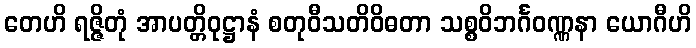
တေဟိ ရဇ္ဇိတုံ အာပတ္တိဝုဋ္ဌာနံ စတုဝီသတိဝိဓတာ သစ္စဝိဘင်္ဂဝဏ္ဏနာ ယောဂီဟိ